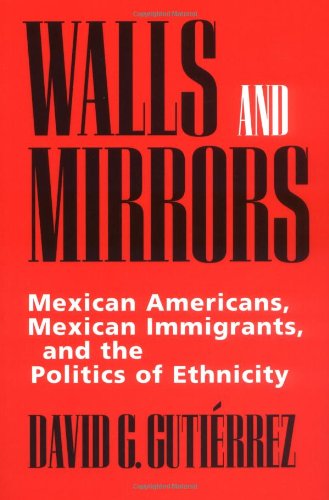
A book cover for Walls and Mirrors: Mexican Americans, Mexican Immigrants, and the Politics of Ethnicity; David G. GutiÃ©rrez; History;